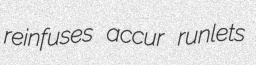
reinfuses accur runlets